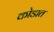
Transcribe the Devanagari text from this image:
कोडात